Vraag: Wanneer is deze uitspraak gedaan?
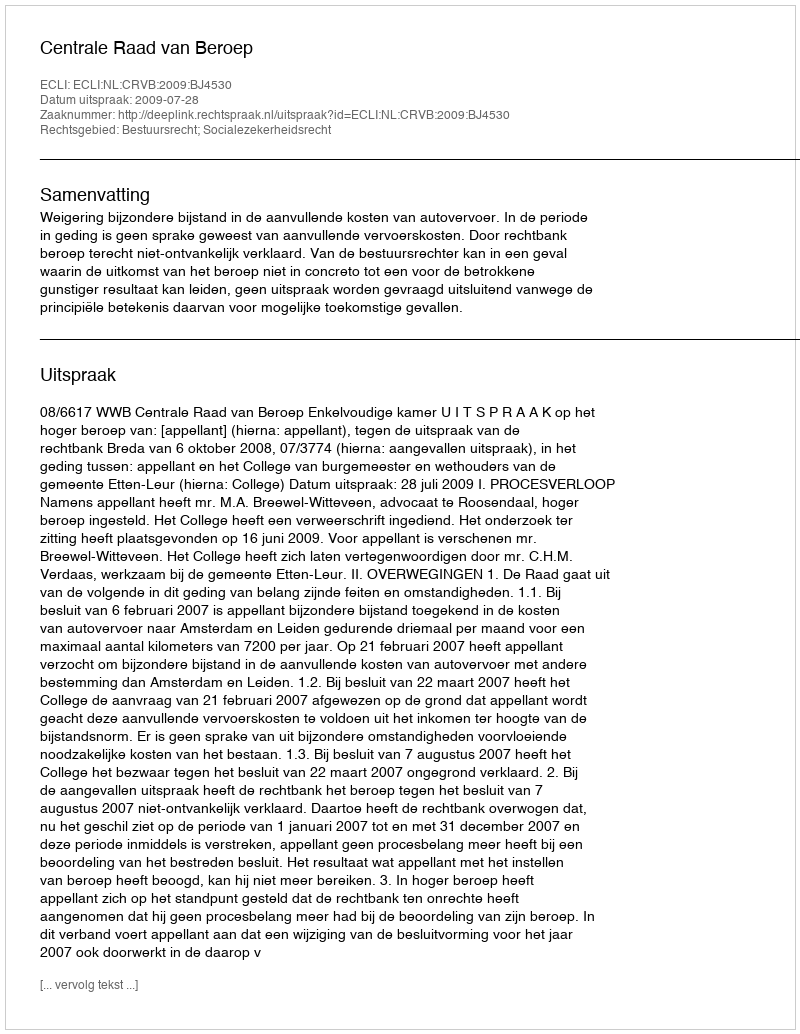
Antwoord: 2009-07-28